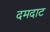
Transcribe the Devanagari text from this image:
दमदाट